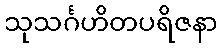
သုသင်္ဂဟိတပရိဇနာ